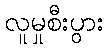
လူမှုစီးပွား